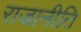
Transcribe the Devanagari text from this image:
राजानीति